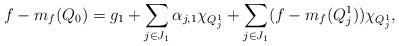
LaTeX: \begin{align*}f-m_f(Q_0)=g_1+\sum_{j\in J_1}\alpha_{j,1}\chi_{Q^1_j}+\sum_{j\in J_1}(f-m_f(Q^1_j))\chi_{Q^1_j},\end{align*}